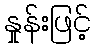
နှုန်းဖြင့်